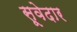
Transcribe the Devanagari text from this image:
सूवेदार